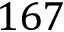
1 6 7